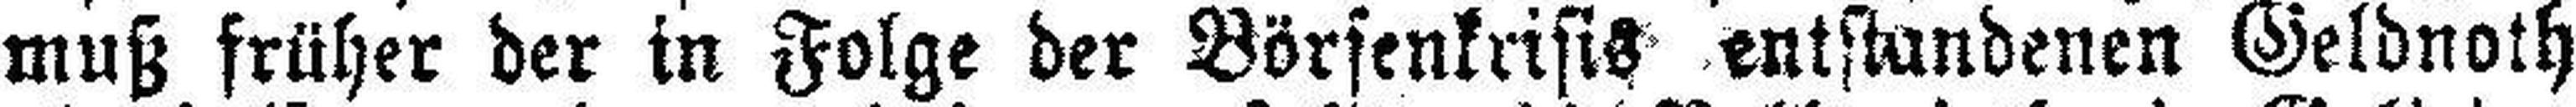
muß früher der in Folge der Börsenkrisis entstandenen Geldnoth